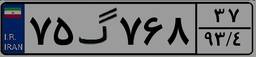
۴۴گ۱۹۶۳۶